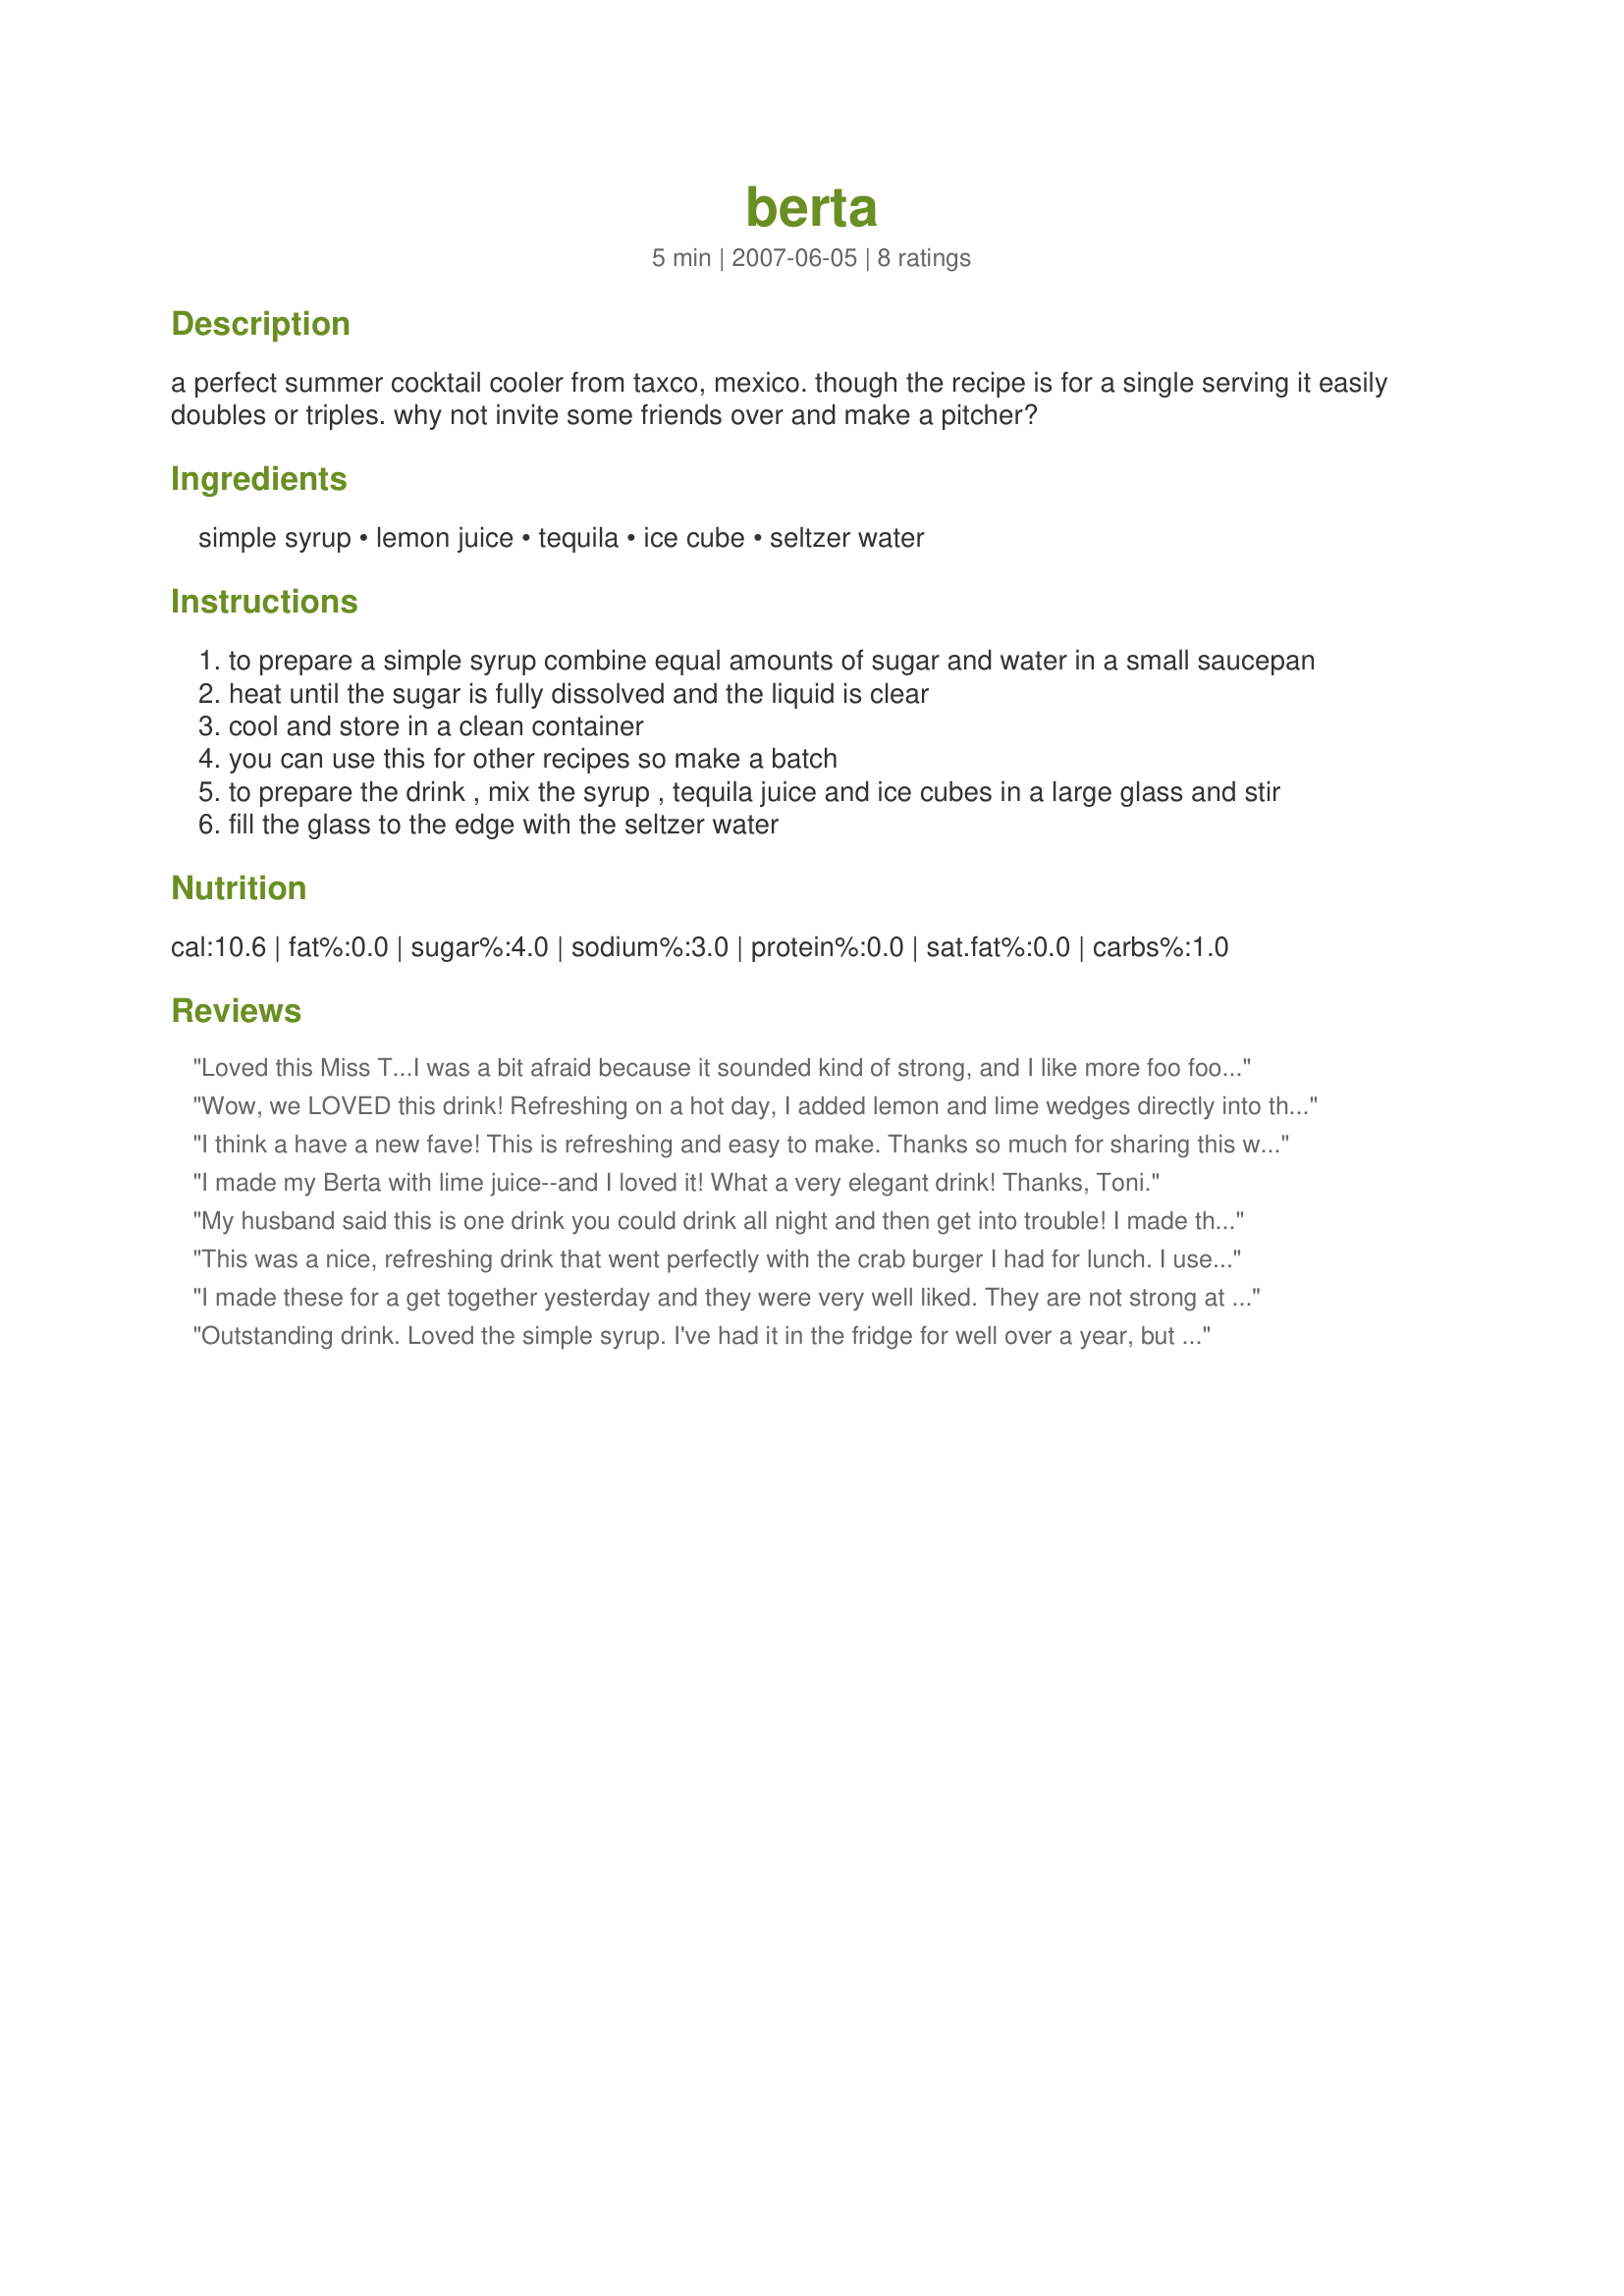
berta
Preparation time: 5 minutes

a perfect summer cocktail cooler from taxco, mexico. though the recipe is for a single serving it easily doubles or triples. why not invite some friends over and make a pitcher?

Ingredients:
simple syrup, lemon juice, tequila, ice cube, seltzer water

Steps:
to prepare a simple syrup combine equal amounts of sugar and water in a small saucepan
heat until the sugar is fully dissolved and the liquid is clear
cool and store in a clean container
you can use this for other recipes so make a batch
to prepare the drink , mix the syrup , tequila juice and ice cubes in a large glass and stir
fill the glass to the edge with the seltzer water

Reviews:
Loved this Miss T...I was a bit afraid because it sounded kind of strong, and I like more foo foo drinks. But it was just perfect on a hot summer day, like a tequila spritzer. Two big thumbs up!
Wow, we LOVED this drink! Refreshing on a hot day, I added lemon and lime wedges directly into the drink. I ended up having to make more for some unexpected guests that dropped in, and they loved it too!
Thanks for posting this perfect summertime drink Toni!
Made for ZWT 3 :)
I think a have a new fave! This is refreshing and easy to make. Thanks so much for sharing this with us, I will make this recipe often!
I made my Berta with lime juice--and I loved it! What a very elegant drink! Thanks, Toni.
My husband said this is one drink you could drink all night and then get into trouble! I made this with white tequila and used sparkling water. My simple syrup is actually pre-purchased so I didn't have to make any for the drink. I'm definately making this again soon!
This was a nice, refreshing drink that went perfectly with the crab burger I had for lunch. I used both lemon and lime and Because it is the middle of the day, I cut back on the tequila. The seltzer is a nice touch and I know I'll be trying this again. Reviewed for ZWT 3
I made these for a get together yesterday and they were very well liked. They are not strong at all and they are nice and refreshing. I had one made with lemon juice and another made with lime juice. I found the lime one to be much better. It tasted a lot like a fizzy margarita- always a good thing in my books. Thanks for the great recipe.
Outstanding drink. Loved the simple syrup. I've had it in the fridge for well over a year, but it was wonderful in this. I liked the seltzer water for a little change. Very refreshing drink that I know I'll be making a lot this summer. Simple and easy and goes down well too. Thanks Miss T for a great drink recipe.
